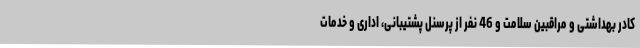
کادر بهداشتی و مراقبین سلامت و 46 نفر از پرسنل پشتیبانی، اداری و خدمات